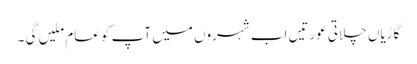
گاڑیاں چلاتی عورتیں اب شہروں میں آپ کو عام ملیں گی ۔